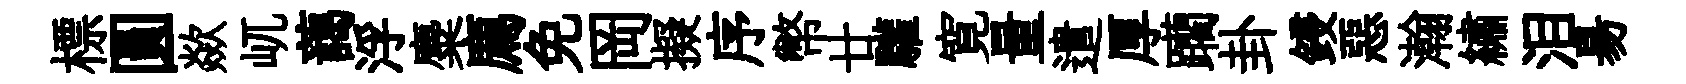
標圓歘屼藹浮麋廌免岡擬序幣廿驩寛量遣厚躪卦鋟惡瀚繡泪昜